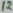
Text: 12